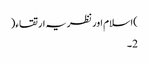
)اسلام اور نظریہ ارتقاء(
2۔